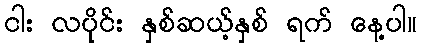
ငါး လပိုင်း နှစ်ဆယ့်နှစ် ရက် နေ့ပါ။